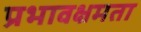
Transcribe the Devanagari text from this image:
प्रभावक्षमता